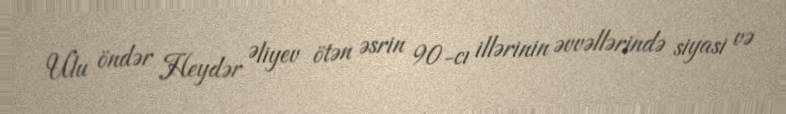
Ulu öndər Heydər Əliyev ötən əsrin 90-cı illərinin əvvəllərində siyasi və